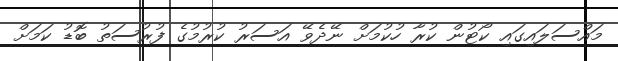
މައްސަލައިގައި ކޯޓުން ކުރާ ހުކުމަށް ނޭދެވޭ އަސަރު ކުރުމުގެ ފުރުސަތު ބޮޑު ކަމަށް